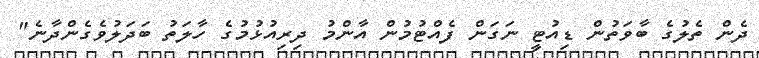
ދެން ތެލުގެ ބާވަތުން ޑިއުޓީ ނަގަން ފެއްޓުމުން އާންމު ދިރިއުޅުމުގެ ހާލަތު ބަދަލުވެގެންދާނެ"